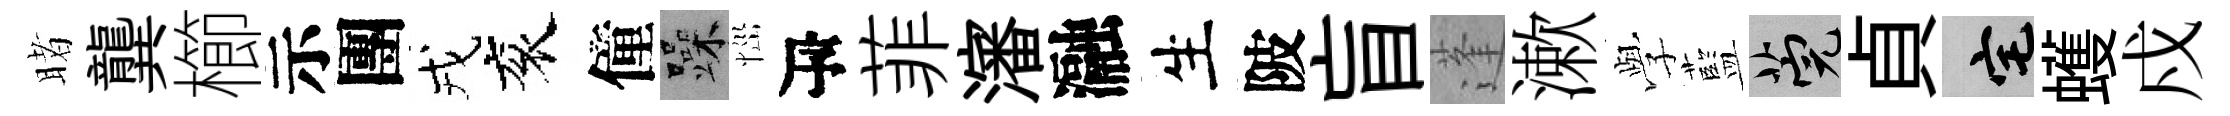
睹龔櫛示團戎衮僮躁𢙉瓴菲瀋瀜生陂盲蓬漱𫝯藍筦貞宅蠖戍